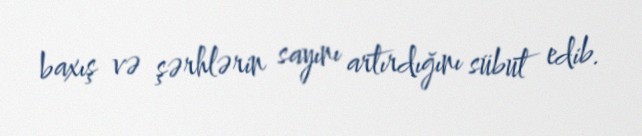
baxış və şərhlərin sayını artırdığını sübut edib.